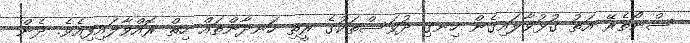
ސްނޯތެރޭ އަތު ގުޅުވާލައިގެން ހިނގި ދުވަސްތަކުގެ ރީތި ހަނދާންތައް ހިތް ރޮއްވާލައިފިއެވެ. ދެން